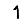
Digit: 1